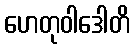
ဟေတုဝါဒေါတိ